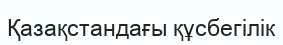
Қазақстандағы құсбегілік